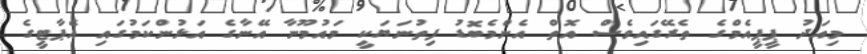
މިއަދު ޕީޕީއެމްގެ ތެރޭގައިވެސް އޮތް އެންމެބޮޑު ފިތުނަޔަކީ މައުމޫނާ އޭނާގެ އަޅުންކަމުގައި އެޕާޓީގެ